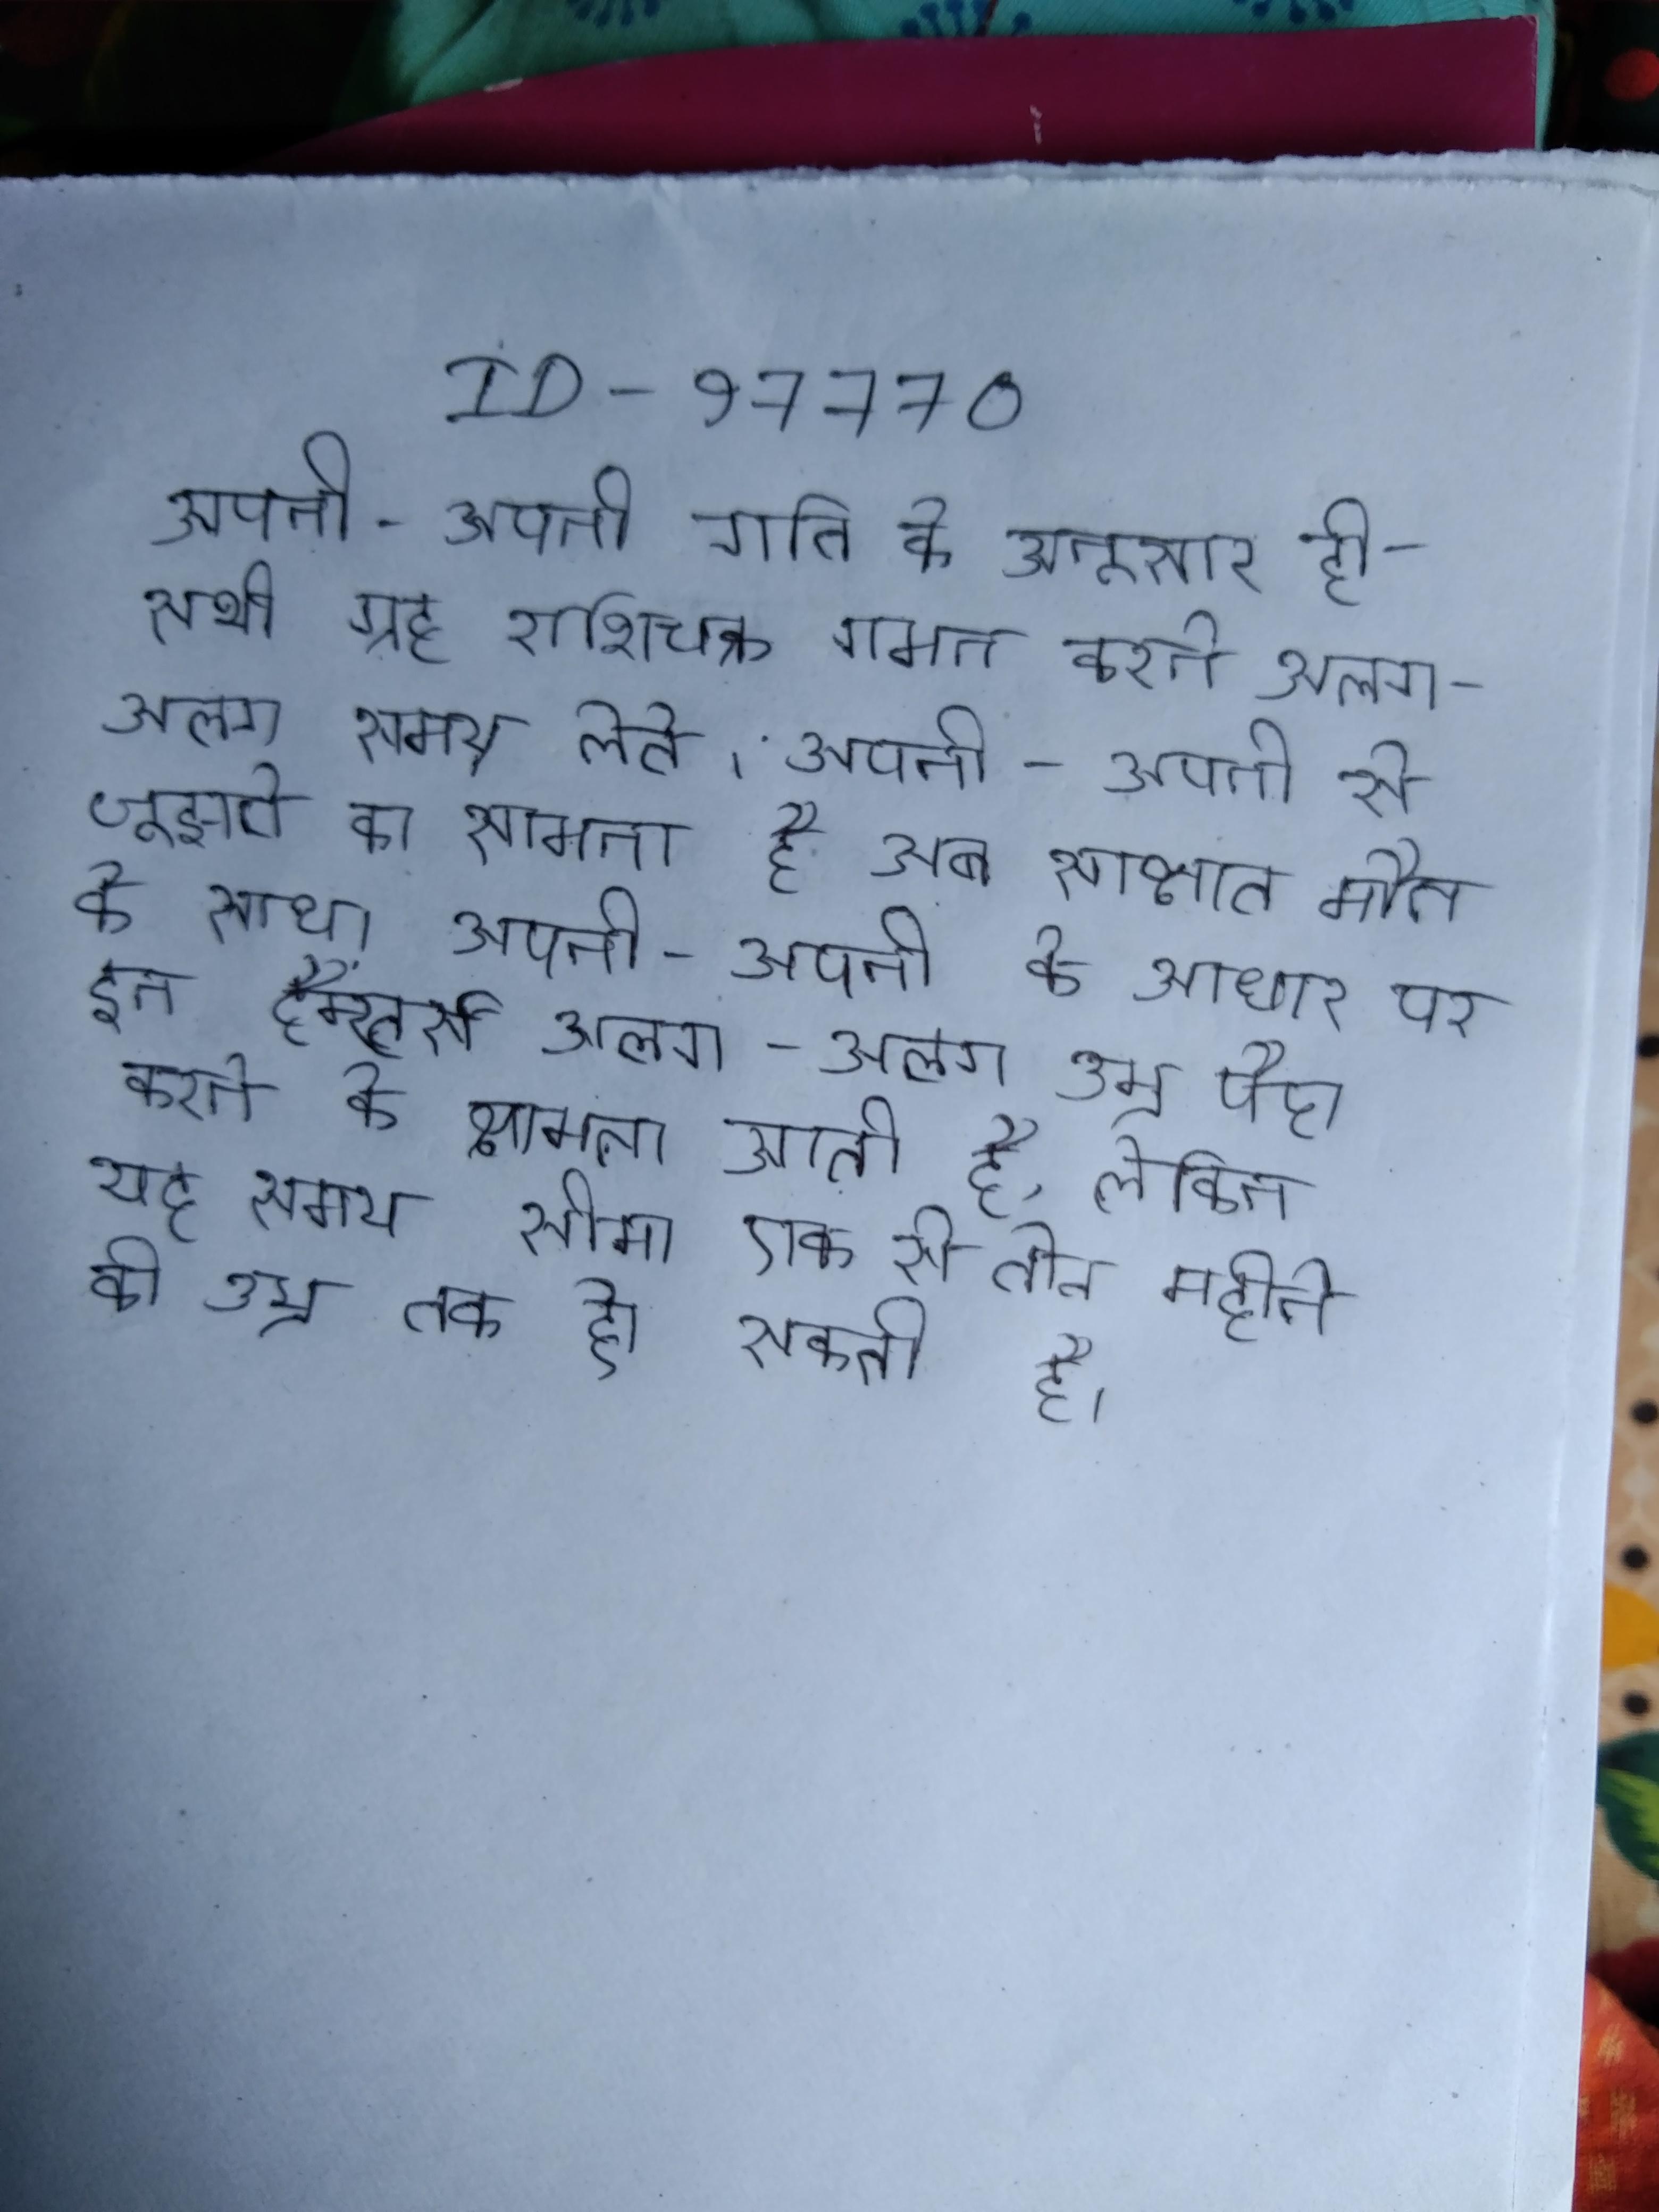
अपनी-अपनी गति के अनुसार ही सभी ग्रह राशिचक्र गमन करने अलग-अलग समय लेते । अपनी- अपनी से जूझते का सामना है अब साक्षात मौत के साथ! अपनी-अपनी के आधार पर इन हैम्स्टर्स अलग-अलग उम्र पैदा करने की क्षमता आती है, लेकिन यह समय सीमा एक से तीन महीने की उम्र तक हो सकती है ।